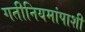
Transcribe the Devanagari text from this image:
गतीनियमांपाशी